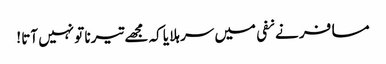
مسافر نے نفی میں سر ہلا یا کہ مجھے تیرنا تو نہیں آتا !